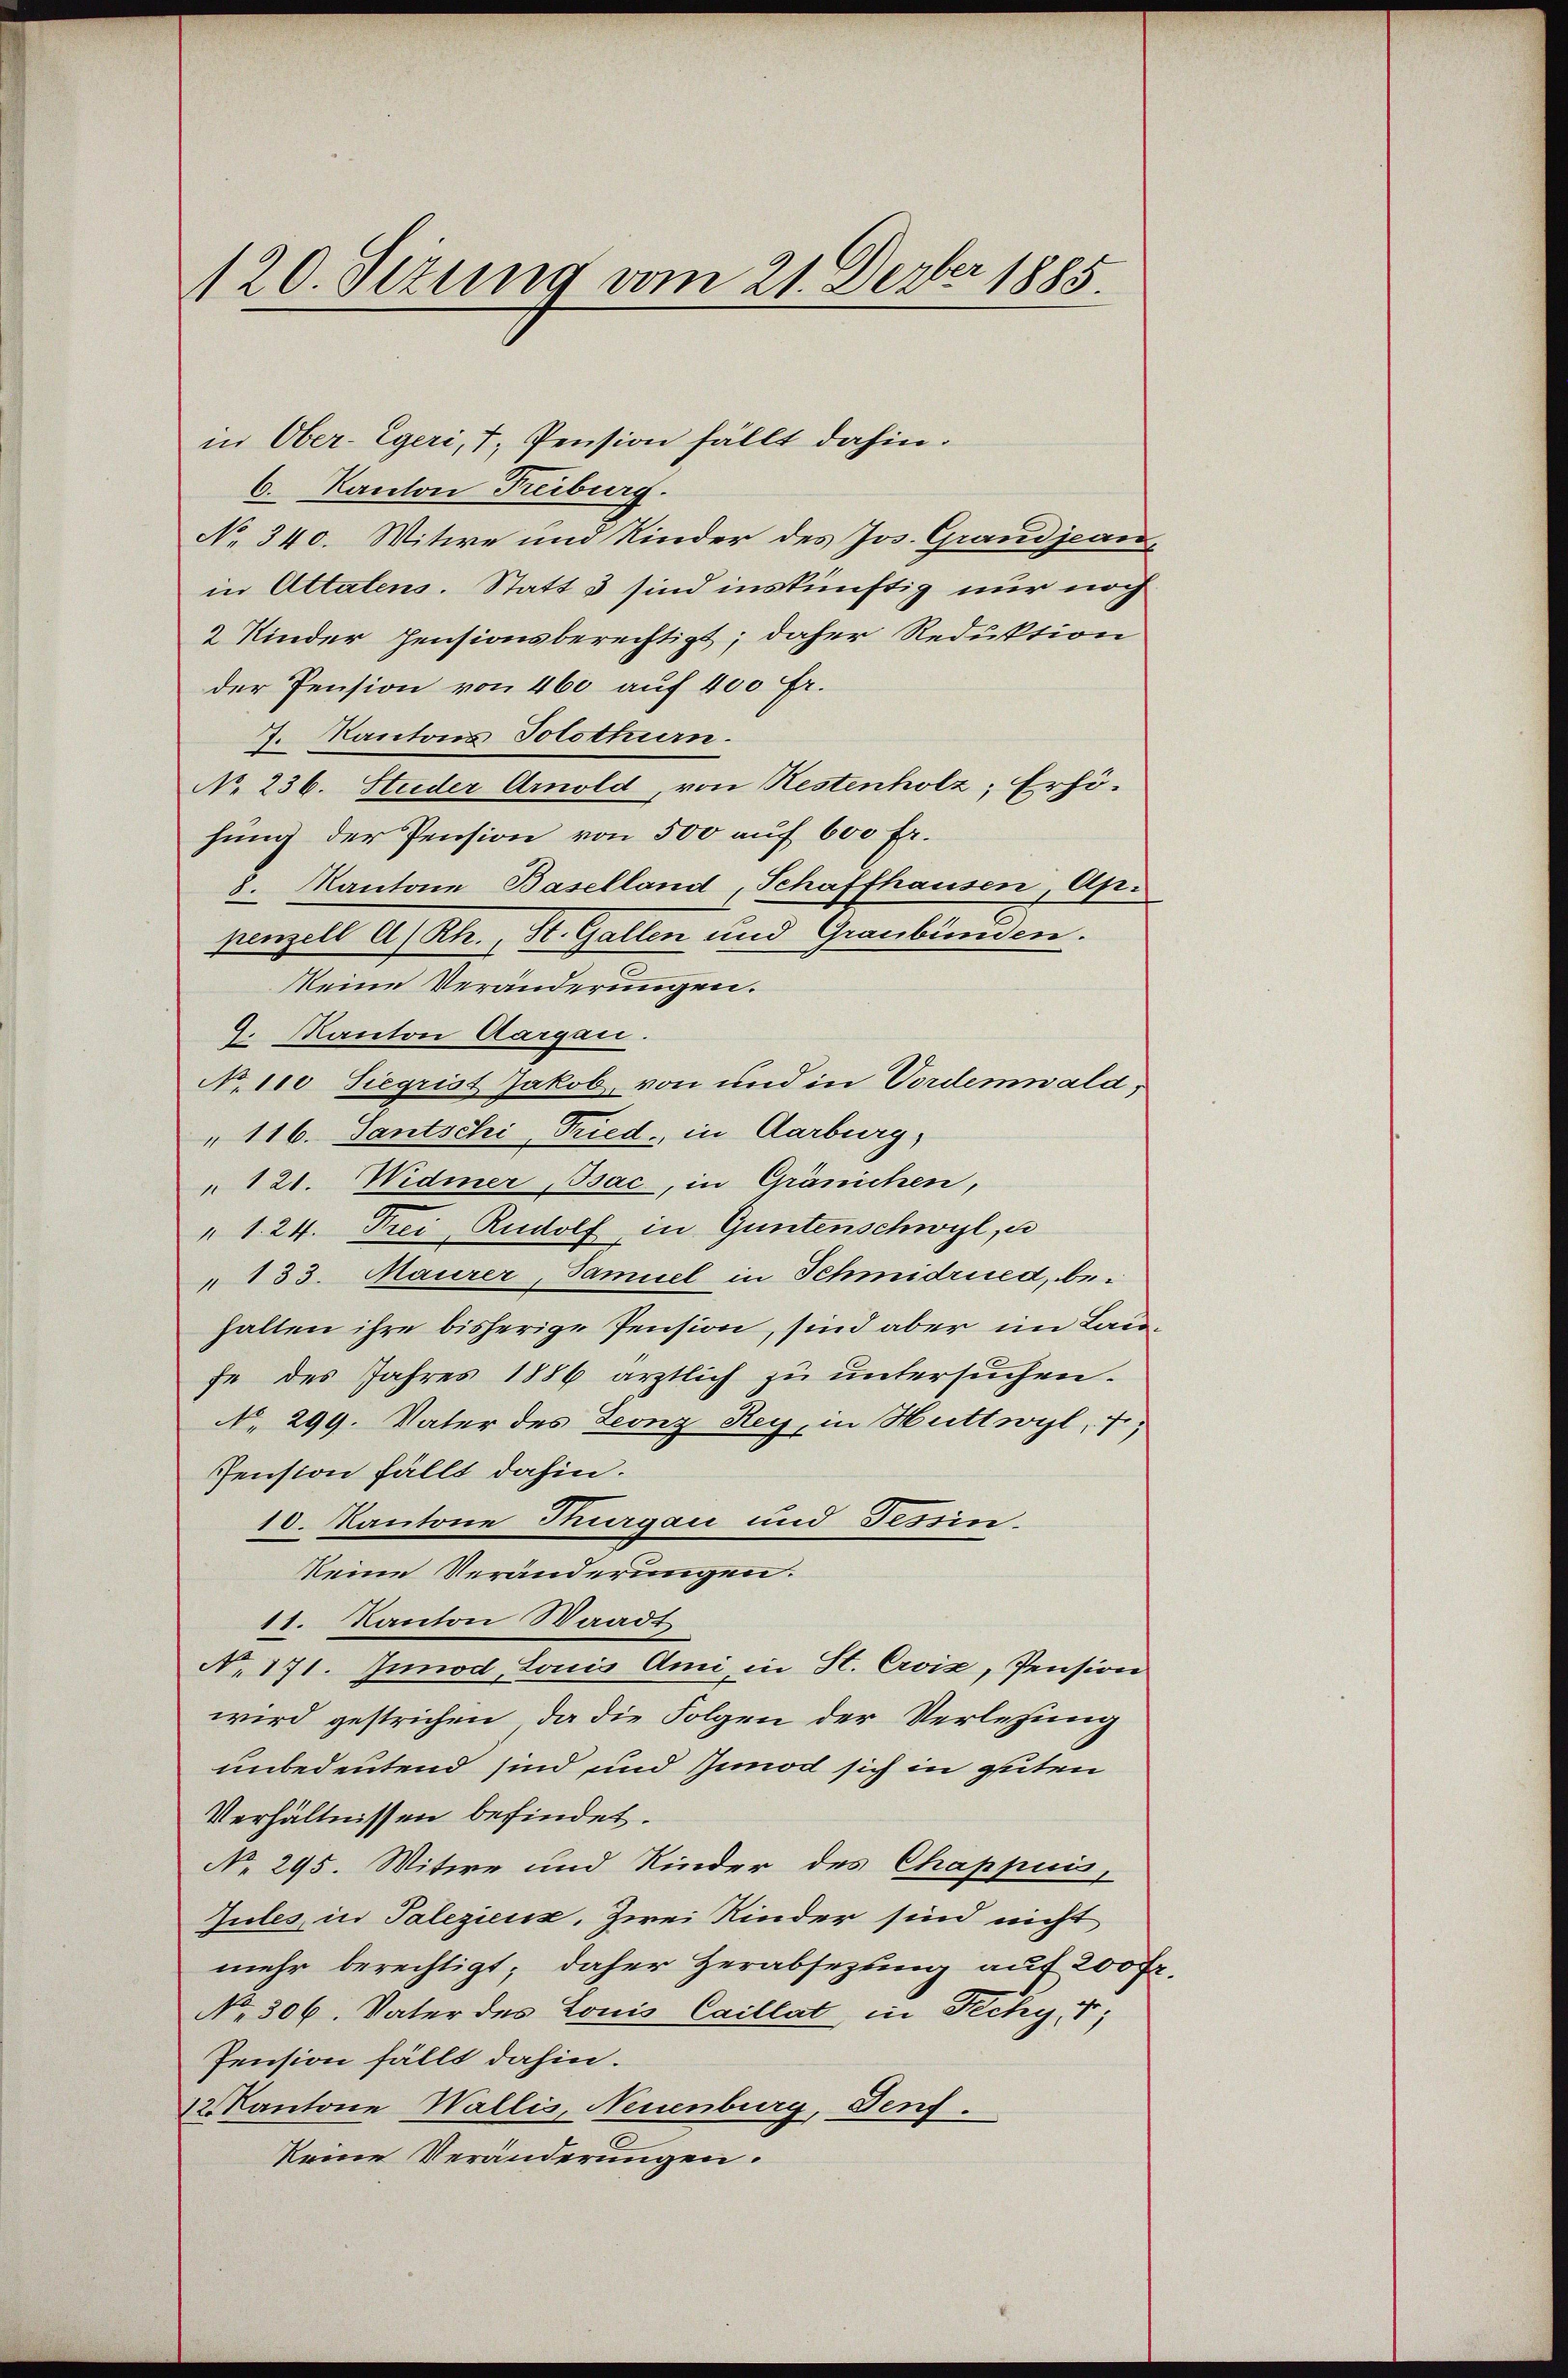
20. Sizung vom 21. Dezbr 1885

in Ober-Egeri, 7, Pension fällt dahin.
6. Kanton Freiburg.
No. 340. Witwe und Kinder des Jos. Grandjeanin Attatens. Statt 3 sind inskünftig nur noch
2 Kinder pensionsberechtigt; daher Reduktion
der Pension von 460 auf 400 fr.
J. Kantons Solothurn.
No. 236. Studer Arnold, von Restenholz; Erhöhung der Pension von 500 auf 600 fr.
8. Kantone Baselland, Schaffhausen, Api
penzell A/Rh., St. Gallen und Graubünden.
keine Veränderungen.
9. Kanton Aargau.
No. 110 Siegrist Jakob, von und in Vordemwald,
"116. Santschi, Fried, in Aarburg,
" 121. Widmer Bsac, in Gränichen,
" 1. 24. Frei, Rudolf in Guntenschwyl, u
"133. Maurer, Samuel in Schmidrued, behalten ihre bisherige Pension, sind aber im Laufe des Jahres 1886 ärztlich zu untersuchen.
No. 299. Vater des Leonz Rey, in Huttsoyl, f,
Pension fällt dahin.
10. Kantone Thurgau und Tessin.
keine Veränderungen.
11. Kanton Waadt
No. 171. Junod, Louis Ami, in St. Croix, Pension
wird gestrichen, da die Folgen der Verlesung
unbedeutend sind und sinod sich in guten
Verhältnissen befindet.
No. 295. Witwe und Kinder des Chappuis,
Gules in Paleziers, zwei Kinder sind nicht
mehr berechtigt; daher Herabsezung auf 200 Fr
No. 306. Vater des Louis Caillat in Fechy, 1;
Pension fällt dahin.
12 Kantone Wallis, Neuenburg, Denf.
keine Veränderungen.